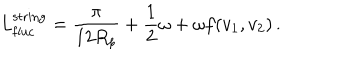
L _ { \mathrm { f l u c } } ^ { \mathrm { s t r i n g } } = \frac { \pi } { 1 2 R _ { p } } + \frac { 1 } { 2 } \omega + \omega f ( v _ { 1 } , v _ { 2 } ) \, .